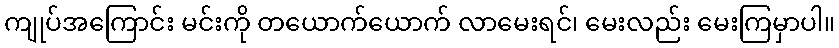
ကျုပ်အကြောင်း မင်းကို တယောက်ယောက် လာမေးရင်၊ မေးလည်း မေးကြမှာပါ။